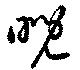
晲